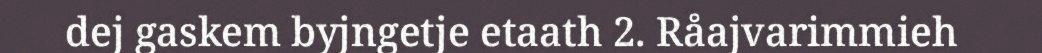
dej gaskem byjngetje etaath 2. Råajvarimmieh